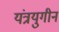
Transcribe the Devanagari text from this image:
यंत्रयुगीन